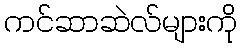
ကင်ဆာဆဲလ်များကို